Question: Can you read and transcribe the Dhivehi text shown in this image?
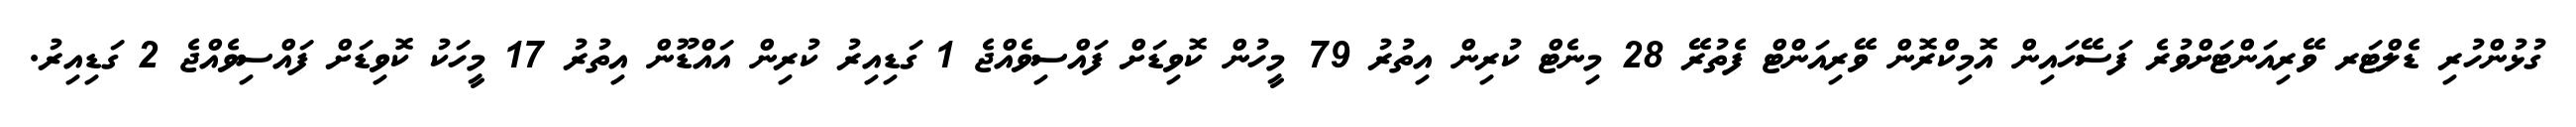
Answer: ގުޅުންހުރި ޑެލްޓަރ ވޭރިއަންޓަށްވުރެ ފަސޭހައިން އޮމިކްރޮން ވޭރިއަންޓް ފެތުރޭ 28 މިނެޓް ކުރިން އިތުރު 79 މީހުން ކޮވިޑަށް ފައްސިވެއްޖެ 1 ގަޑިއިރު ކުރިން އައްޑޫން އިތުރު 17 މީހަކު ކޮވިޑަށް ފައްސިވެއްޖެ 2 ގަޑިއިރު.